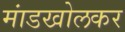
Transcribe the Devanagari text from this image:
मांडखोलकर